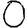
Digit: 0